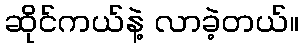
ဆိုင်ကယ်နဲ့ လာခဲ့တယ်။